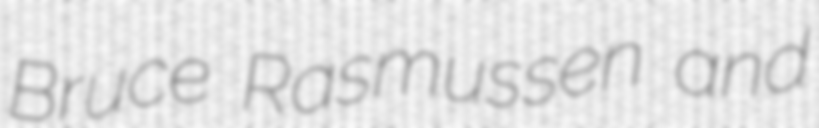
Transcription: Bruce Rasmussen and